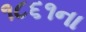
૧૮૬૧ના